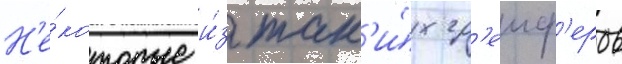
Н'е́которые и́з так'и́х гр'еиф'еров